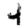
Digit: 4